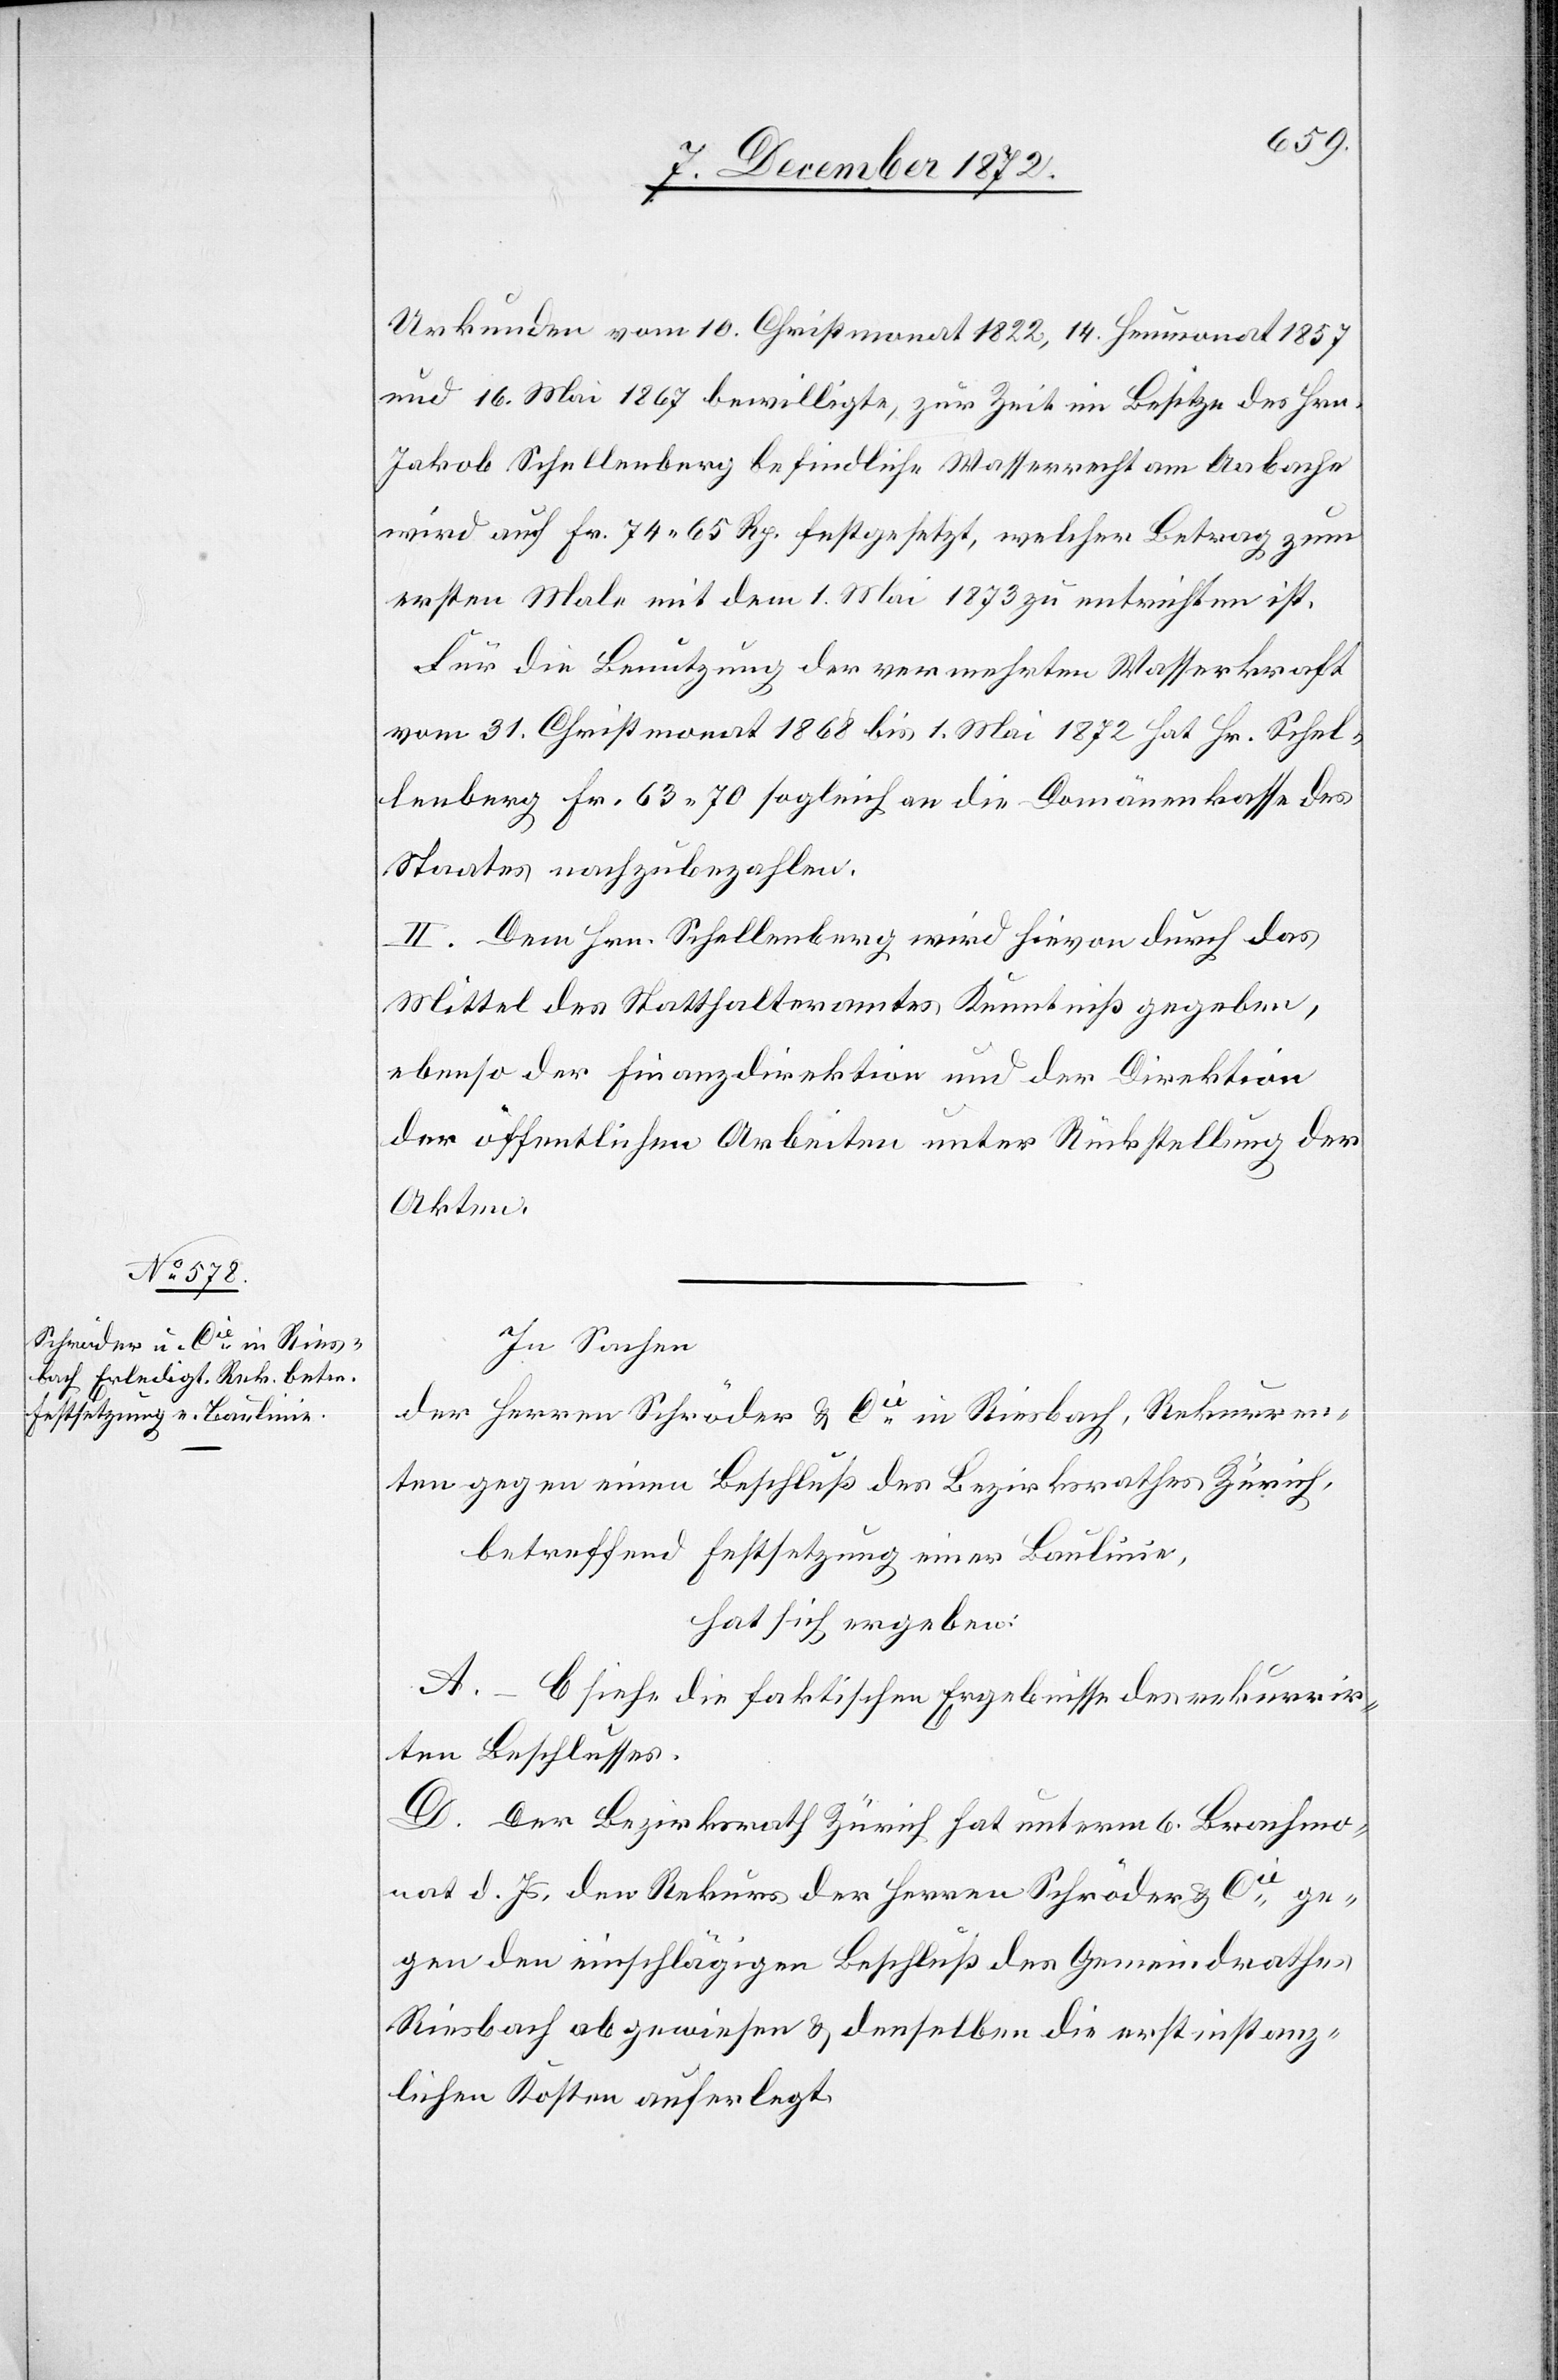
Urkunden vom 10. Christmonat 1822, 14. Heumonat 1857
und 16. Mai 1867 bewilligte, zur Zeit im Besitze des Hrn.
Jakob Schellenberg befindliche Wasserrecht am Aabache
wird auf Fr. 74 65 Rp. festgesetzt, welcher Betrag zum
ersten Male mit dem 1. Mai 1873 zu entrichten ist.
Für die Benutzung der vermehrten Wasserkraft
vom 31. Christmonat 1868 bis 1. Mai 1872 hat Hr. Schel¬
lenberg Fr. 63 70 sogleich an die Domänenkasse des
Staates nachzubezahlen.
II. Dem Hrn. Schellenberg wird hievon durch das
Mittel des Statthalteramtes Kenntniß gegeben,
ebenso der Finanzdirektion und der Direktion
der öffentlichen Arbeiten unter Rückstellung der
Akten.
In Sachen
der Herren Schröder u. Cie in Riesbach, Rekurren¬
ten gegen einen Beschluß des Bezirksrathes Zürich,
betreffend Festsetzung einer Baulinie,
hat sich ergeben:
A.–C. siehe die faktischen Ergebnisse des rekurrir¬
ten Beschlusses.
D. Der Bezirksrath Zürich hat unterm 6. Brachmon¬
at d. Js. den Rekurs der Herren Schröder u. Cie ge¬
gen den einschlägigen Beschluß des Gemeindrathes
Riesbach abgewiesen u. denselben die erstinstanz¬
lichen Kosten auferlegt.